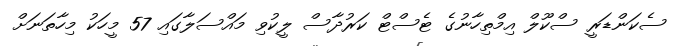
ސެކަންޑަރީ ސްކޫލް އިމްތިހާނުގެ ޓެސްޓް ކަރުދާސް ލީކުވި މައްސަލާގައި 57 މީހަކު މިހާތަނަށް